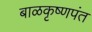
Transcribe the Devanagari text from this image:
बाळकृष्णपंत